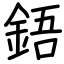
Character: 鋙